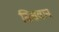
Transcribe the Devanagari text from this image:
सिसवान